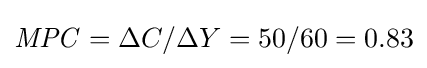
{\mathit {MPC}}=\Delta C/\Delta Y=50/60=0.83